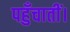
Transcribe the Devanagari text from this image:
पहुँचातीं।